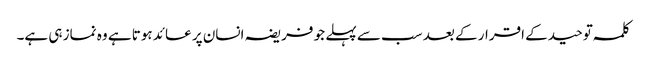
کلمہ توحید کے اقرار کے بعد سب سے پہلے جو فریضہ انسان پر عائد ہوتا ہے وہ نماز ہی ہے۔